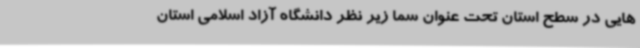
هایی در سطح استان تحت عنوان سما زیر نظر دانشگاه آزاد اسلامی استان